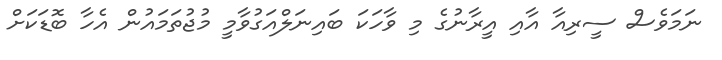
ނަމަވެސް ސީރިއާ އާއި އީރާނުގެ މި ވާހަކަ ބައިނަލްއަގުވާމީ މުޖުތަމައުން އެހާ ބޮޑަކަށް